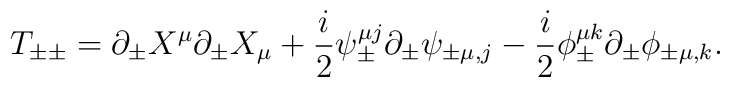
T_{\pm\pm}=\partial_{\pm}X^{\mu}\partial_{\pm}X_{\mu}+\frac{i}{ 2}{\psi}^{\mu j}_{\pm}\partial_{\pm} \psi_{\pm\mu,j }- \frac{i}{2}{\phi}_{\pm}^{\mu k}\partial_{\pm}\phi_{\pm\mu,k}.